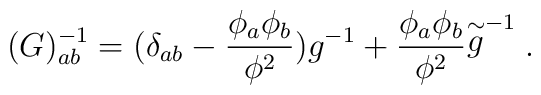
(G)^{-1}_{ab}=(\delta_{ab}-\frac{\phi_a \phi_b }{\phi^2} ) g^{-1} +\frac{\phi_a \phi_b}{\phi^2} {\stackrel{\sim}{g}}^{-1}\; .